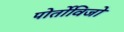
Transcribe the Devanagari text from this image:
पोर्तोविजो